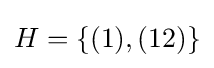
H=\{(1),(12)\}